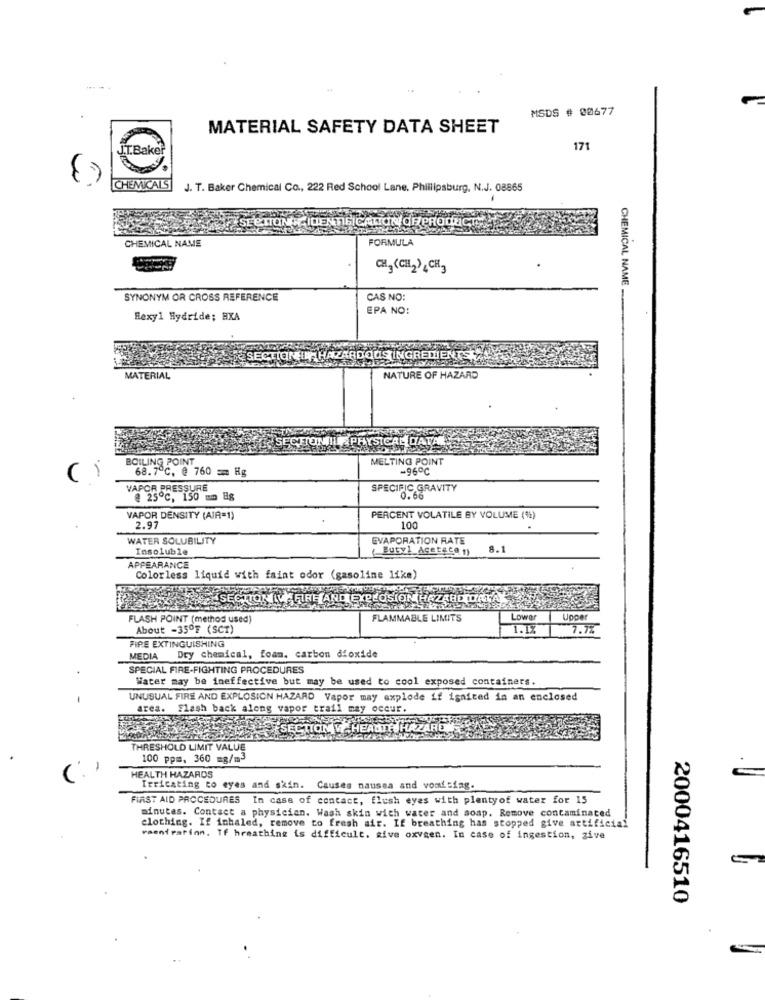
MSDS # 00677
MATERIAL SAFETY DATA SHEET
Bake?
171
CHEMICALS
J. T. Baker Chemical Co ., 222 Red School Lane. Phillipsburg, N.J. 08865
FORMULA
CHEMICAL NAME
CH, (CH2)¿CH3
CHEMICAL NAME
SYNONYM OR CROSS REFERENCE
CAS NO:
EPA NO:
Hexyl Hydride; HXA
JUSTINGREDIENTS
MATERIAL
NATURE OF HAZARD
YSICAL DATA
BOILING POINT
MELTING POINT
68.7℃. @ 760 == Hg
-96℃
VAPOR PRESSURE
SPECIFIC GRAVITY
@ 25℃, 150 mm Hg
0.66
VAPOR DENSITY (AIR=1)
PERCENT VOLATILE BY VOLUME (%)
2.97
100
WATER SOLUBILITY
EVAPORATION RATE
Insoluble
Butyl Acetacan
8.1
APPEARANCE
Colorless liquid with faint odor (gasoline like)
HAZABE LATA
FLASH POINT (method used)
FLAMMABLE LIMITS
Lower
Upper
About -35ºF (SCT)
1.17
7.1%
FIRE EXTINGUISHING
MEDIA Dry chemical, foam. carbon dioxide
SPECIAL FIRE-FIGHTING PROCEDURES
Water may be ineffective but may be used to cool exposed containers.
UNUSUAL FIRE AND EXPLOSION HAZARD Vapor may explode if ignited in an enclosed
area. Flash back along vapor trail may occur.
SECTION HEADTE
HAZARD
THRESHOLD LIMIT VALUE
100 ppm, 360 mg/m3
(.)
HEALTH HAZARDS
Irritating to eyes and skin. Causes nausea and vomiting.
FIRST AID PROCEDURES In case of contact, flush eyes with plentyof water for 15
minutes. Contact a physician. Wash skin with water and soap. Remove contaminated
clothing. If inhaled, remove to fresh air. If breathing has stopped give artificial
veentrarion. If hreathing is difficult. give oxygen. In case of ingestion, give
2000416510